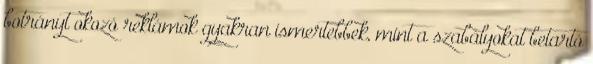
botrányt okozó reklámok gyakran ismertebbek, mint a szabályokat betartó